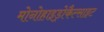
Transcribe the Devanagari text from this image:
मोनोहाइड्रोकैल्साइट